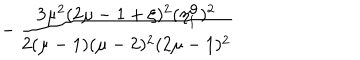
- \, \frac { 3 \mu ^ { 2 } ( 2 \mu - 1 + \xi ) ^ { 2 } ( \eta _ { 1 } ^ { \mathrm { o } } ) ^ { 2 } } { 2 ( \mu - 1 ) ( \mu - 2 ) ^ { 2 } ( 2 \mu - 1 ) ^ { 2 } }